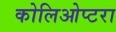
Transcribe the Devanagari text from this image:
कोलिओप्टरा